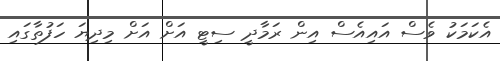
އެކަމަކު ވެސް އައިއެސް އިން ރަމާދީ ސިޓީ އަށް އަށް މިދިޔަ ހަފުތާގައި